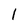
Character: l